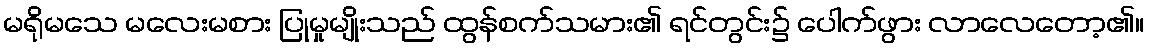
မရိုမသေ မလေးမစား ပြုမှုမျိုးသည် ထွန်စက်သမား၏ ရင်တွင်း၌ ပေါက်ဖွား လာလေတော့၏။